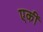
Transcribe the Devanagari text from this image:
एकीं